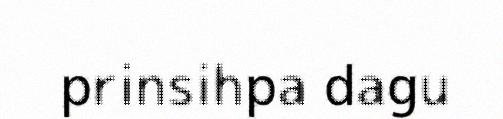
prinsihpa dagu